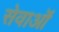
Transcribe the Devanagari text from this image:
सेवाऒं